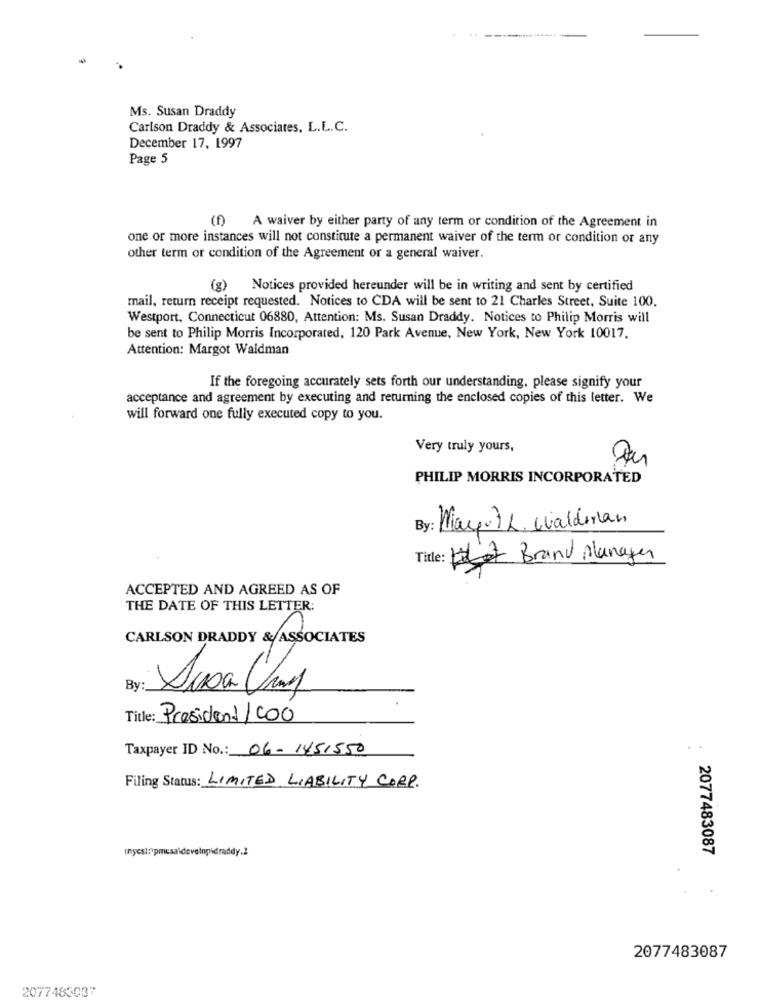
Ms. Susan Draddy
Carlson Draddy & Associates, L.L.C.
December 17, 1997
Page 5
A waiver by either party of any term or condition of the Agreement in
one or more instances will not constitute a permanent waiver of the term or condition or any
other term or condition of the Agreement or a general waiver.
(g) Notices provided hereunder will be in writing and sent by certified
mail, return receipt requested. Notices to CDA will be sent to 21 Charles Street, Suite 100.
Westport, Connecticut 06880, Attention: Ms. Susan Draddy. Notices to Philip Morris will
be sent to Philip Morris Incorporated, 120 Park Avenue, New York, New York 10017.
Attention: Margot Waldman
If the foregoing accurately sets forth our understanding, please signify your
acceptance and agreement by executing and returning the enclosed copies of this letter. We
will forward one fully executed copy to you.
Very truly yours,
PHILIP MORRIS INCORPORATED
By: Mayoth, Waldman
Title: Let Brand Manager
ACCEPTED AND AGREED AS OF
THE DATE OF THIS LETTER:
CARLSON DRADDY & ASSOCIATES
By
Title: President/COO
Taxpayer ID No .: 06-1451550
.
Filing Status: LIMITED LIABILITY CORP.
(nycsi:\pmusa deveinpidraddy.2
2077483087
2077483087
2077483037